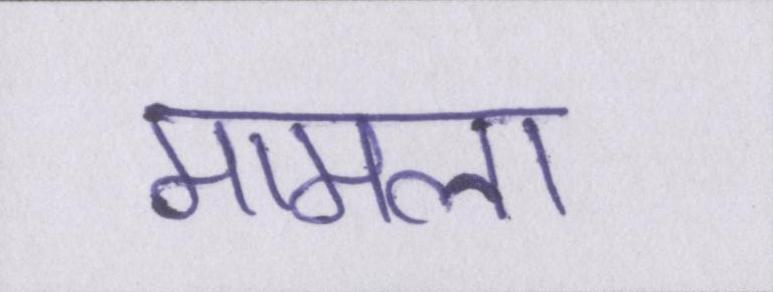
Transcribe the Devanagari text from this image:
मामला